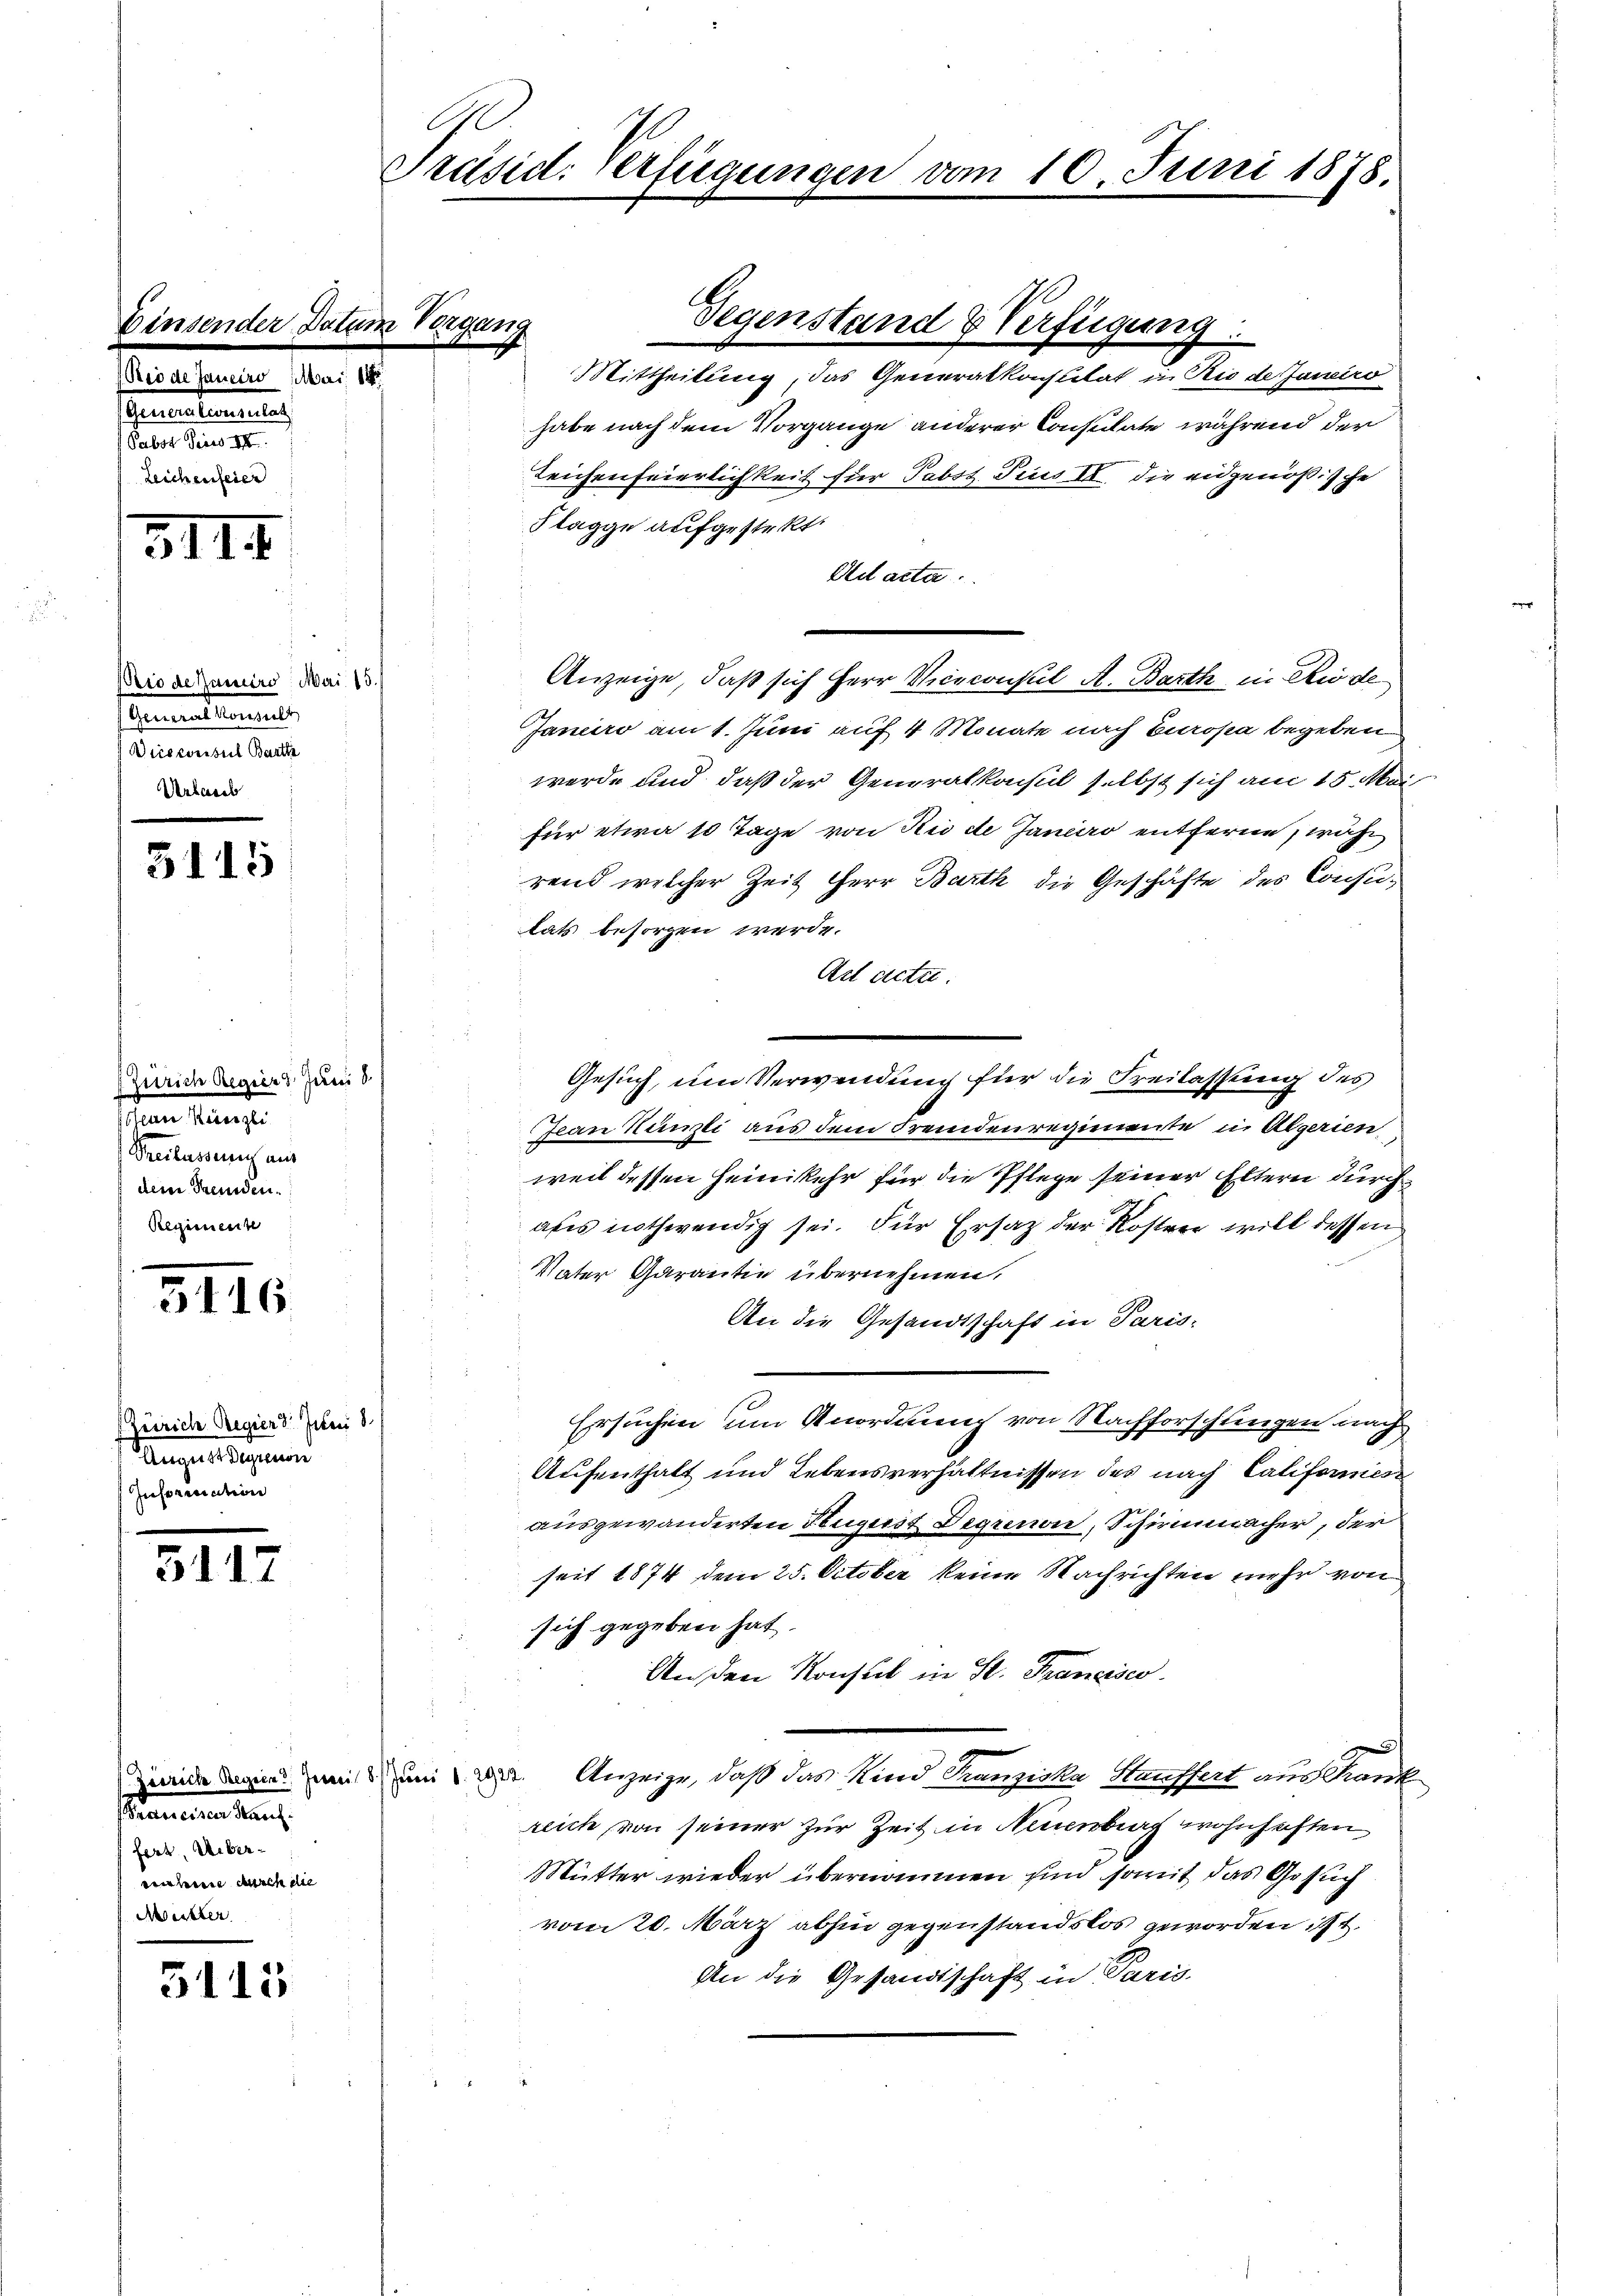
semesteren
Secretarieren
Pabor Pires III.
Zeichenfeier

III

Priode famirs. Mai 13.
semationen,
Dicsweisul Barth
Urbares

5115

Zitrich Regier Juni d.
 hinge

dem Stunden.
Regimente

3116

(Zürich Regier 3. Juni 8.
August Degrenon
Inforication

XIII

Stammenen kan
fert, Ueberveilen durch die
Meister

5115

.
Präsid. Verfügungen

Elgung
Mittheilung, das Generalkonstitat in Rio de Janeiro
habe nach dem Vorgänge anderer Consulate während der
Teichenfeierlichkeit für Pabst Pius II die eidgenößische
Flagge aufgestekt.
Ad acta
Anzeige, daß sich Herr Viceconsul A. Barth in Rio de
Januro am 1. Juni auf 4 Monate nach Europa begeben
werde und daß der Generalkonsul selbst sich am 15. Mai
für etwa 10 Tage von Rio de Janeiro entferne, währ
rend welcher Zeit Herr Barth die Geschäfte des Consu-
lats besorgen werde.
Ast acte.
Gesuch, um Verwendung für die Freilassung des
Jean Humli aus dem Fremdenregimente in Algerien.
weil dessen Heimkehr für die Pflege seiner Eltern durch
abs nothwendig sei. Für Ersatz der Koster will dessen
Vater Garantie übernehmen,
An die Gesandtschaft in Paris-
Ersuchen um Anordnung von Nachforschlingen nach
Aufenthalt und Lebensverhältnissen des nach Califormes
ausgewanderten Flugust Degrenon, Schirmmacher, der
seit 1874 dem 25. October keine Nachrichten mehr von
sich gegeben hat.
An den Konsul in St. Francisco
Zinne dann mit um 2. Anzeige, daß das Kind Tanziska Kauffert aus Kant
reich von seiner zur Zeit in Neuenburg wohnhaften
Mutter wieder übernommen sind somit das Gesuch
vom 20. März abhin gegenstandslos geworden ist.
An die Gesandtschaft in Paris.

Gegenstand & Verfügung

10. Juni 1878.